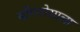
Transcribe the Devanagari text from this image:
योंगनोसाला